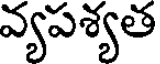
వ్యపశ్యత